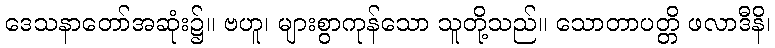
ဒေသနာတော်အဆုံး၌။ ဗဟူ၊ များစွာကုန်သော သူတို့သည်။ သောတာပတ္တိ ဖလာဒီနိ၊